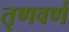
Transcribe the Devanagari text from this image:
तृणवर्ण